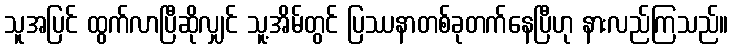
သူအပြင် ထွက်လာပြီဆိုလျှင် သူ့အိမ်တွင် ပြဿနာတစ်ခုတက်နေပြီဟု နားလည်ကြသည်။